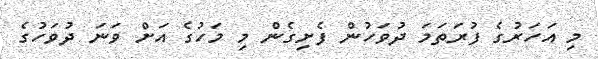
މި އަހަރުގެ ފުރަތަމަ ދުވަހުން ފެށިގެން މި މަހުގެ އަށް ވަނަ ދުވަހުގެ